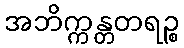
အဘိက္ကန္တတရဉ္စ